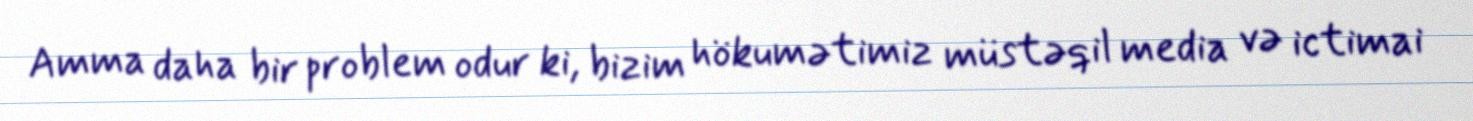
Amma daha bir problem odur ki, bizim hökumətimiz müstəqil media və ictimai